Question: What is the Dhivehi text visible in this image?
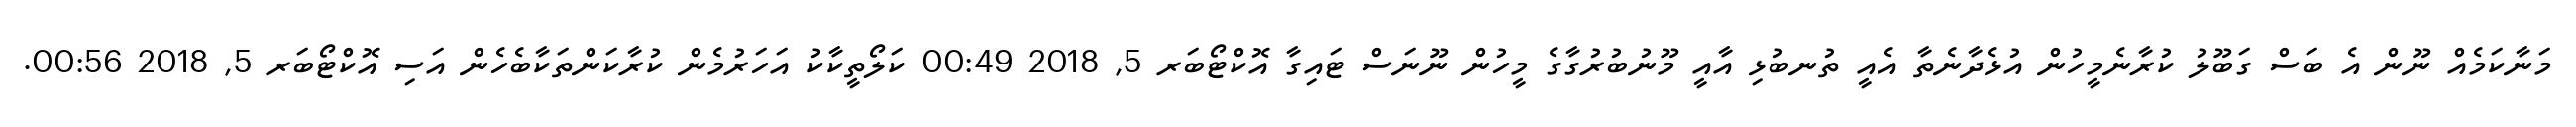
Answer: މަނާކަމެއް ނޫން އެ ބަސް ގަބޫލު ކުރާނެމީހުން އުޅެދާނެތާ އެއީ ތުނބުޅި އާއީ މޫނުބުރުގާގެ މީހުން ނޫނަސް ޓައިގާ އޮކްޓޯބަރ 5, 2018 00:49 ކަލޯތީކާކު އަހަރުމެން ކުރާކަންތަކާބެހެން އަސި އޮކްޓޯބަރ 5, 2018 00:56.